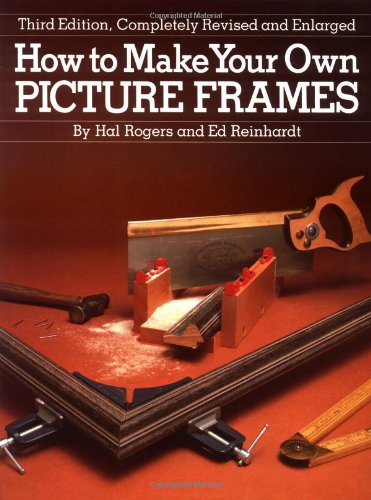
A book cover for How to Make Your Own Picture Frames, Revised and Enlarged 3rd Edition; Ed Reinhardt; Crafts, Hobbies & Home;